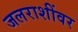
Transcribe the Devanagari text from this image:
जलराशींवर